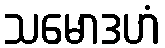
သမောဒဟံ